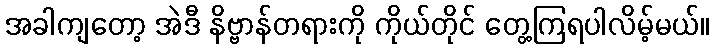
အခါကျတော့ အဲဒီ နိဗ္ဗာန်တရားကို ကိုယ်တိုင် တွေ့ကြရပါလိမ့်မယ်။